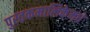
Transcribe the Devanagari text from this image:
पुस्तकमालिकेमधे